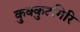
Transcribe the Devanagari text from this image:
कुक्कुटगिरि